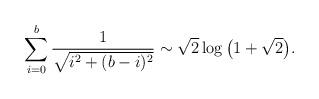
LaTeX: \begin{align*}\sum_{i=0}^b\frac 1{\sqrt{i^2+(b-i)^2}}\sim \sqrt 2\log\big(1+\sqrt 2\big).\end{align*}